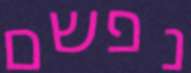
נפשם